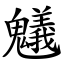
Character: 䰮